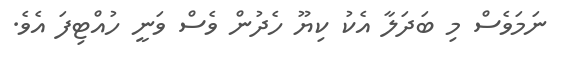
ނަމަވެސް މި ބަދަލާ އެކު ކިޔޫ ހެދުން ވެސް ވަނީ ހުއްޓިފަ އެވެ.